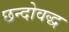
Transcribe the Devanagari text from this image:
छन्दोवद्ध